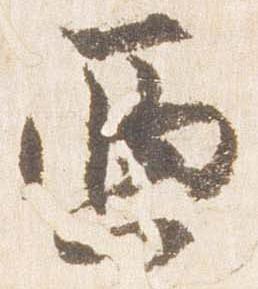
西